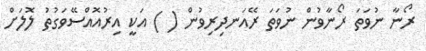
ރޯނާ ނުވަތަ ރޯނާވުން ނުވަތަ ރޭއަނދިރިވުން ( ) އަކީ އިރުއޮއްސޭވަގުތު ލޮލަށް